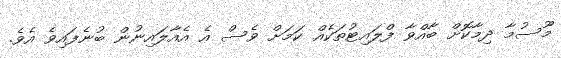
މޫސުމާ ދިމާކޮށް ބާއްވާ ފްލައިޓުތަކެއް ކަމަށް ވެސް އެ އެއާލައިނުން ބުނެފައިވެ އެވެ.